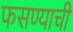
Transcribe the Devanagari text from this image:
फसण्याची